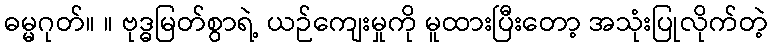
ဓမ္မဂုတ်။ ။ ဗုဒ္ဓမြတ်စွာရဲ့ ယဉ်ကျေးမှုကို မူထားပြီးတော့ အသုံးပြုလိုက်တဲ့